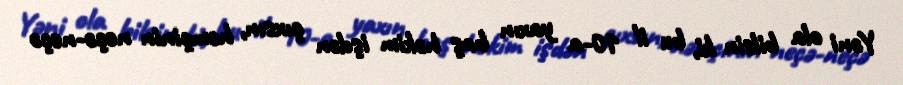
Yəni ola bilsin ki, bu il 10-a yaxın baş həkim işdən çıxsın, həmçinin neçə-neçə